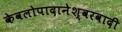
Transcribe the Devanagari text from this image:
केवलोपादानेश्वरवादी